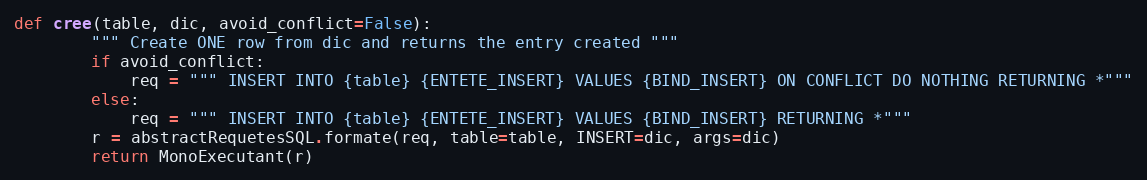
Language: Python
def cree(table, dic, avoid_conflict=False):
        """ Create ONE row from dic and returns the entry created """
        if avoid_conflict:
            req = """ INSERT INTO {table} {ENTETE_INSERT} VALUES {BIND_INSERT} ON CONFLICT DO NOTHING RETURNING *"""
        else:
            req = """ INSERT INTO {table} {ENTETE_INSERT} VALUES {BIND_INSERT} RETURNING *"""
        r = abstractRequetesSQL.formate(req, table=table, INSERT=dic, args=dic)
        return MonoExecutant(r)